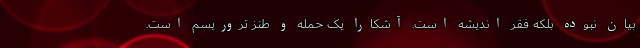
بیان نبوده بلکه فقر اندیشه است. آشکارا یک حمله و طنز تروریسم است.